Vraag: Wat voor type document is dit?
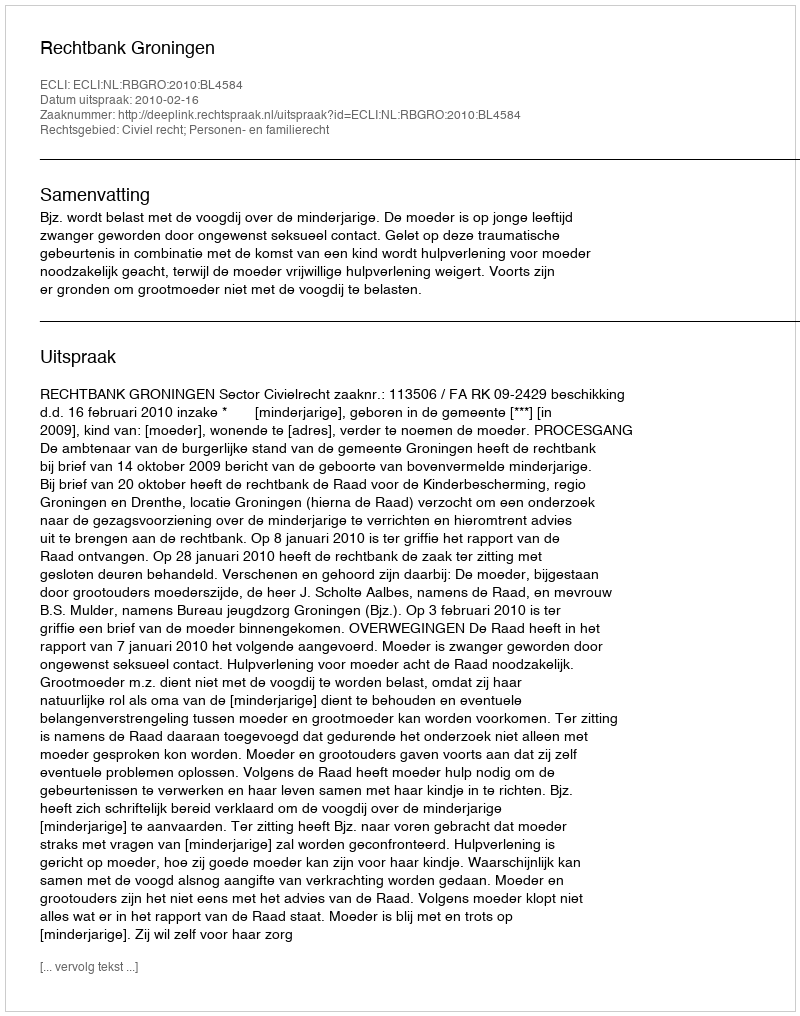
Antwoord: Uitspraak